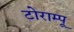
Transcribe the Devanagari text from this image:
टोराम्पू